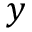
\boldsymbol { y }